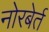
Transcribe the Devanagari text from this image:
नोरबेर्त